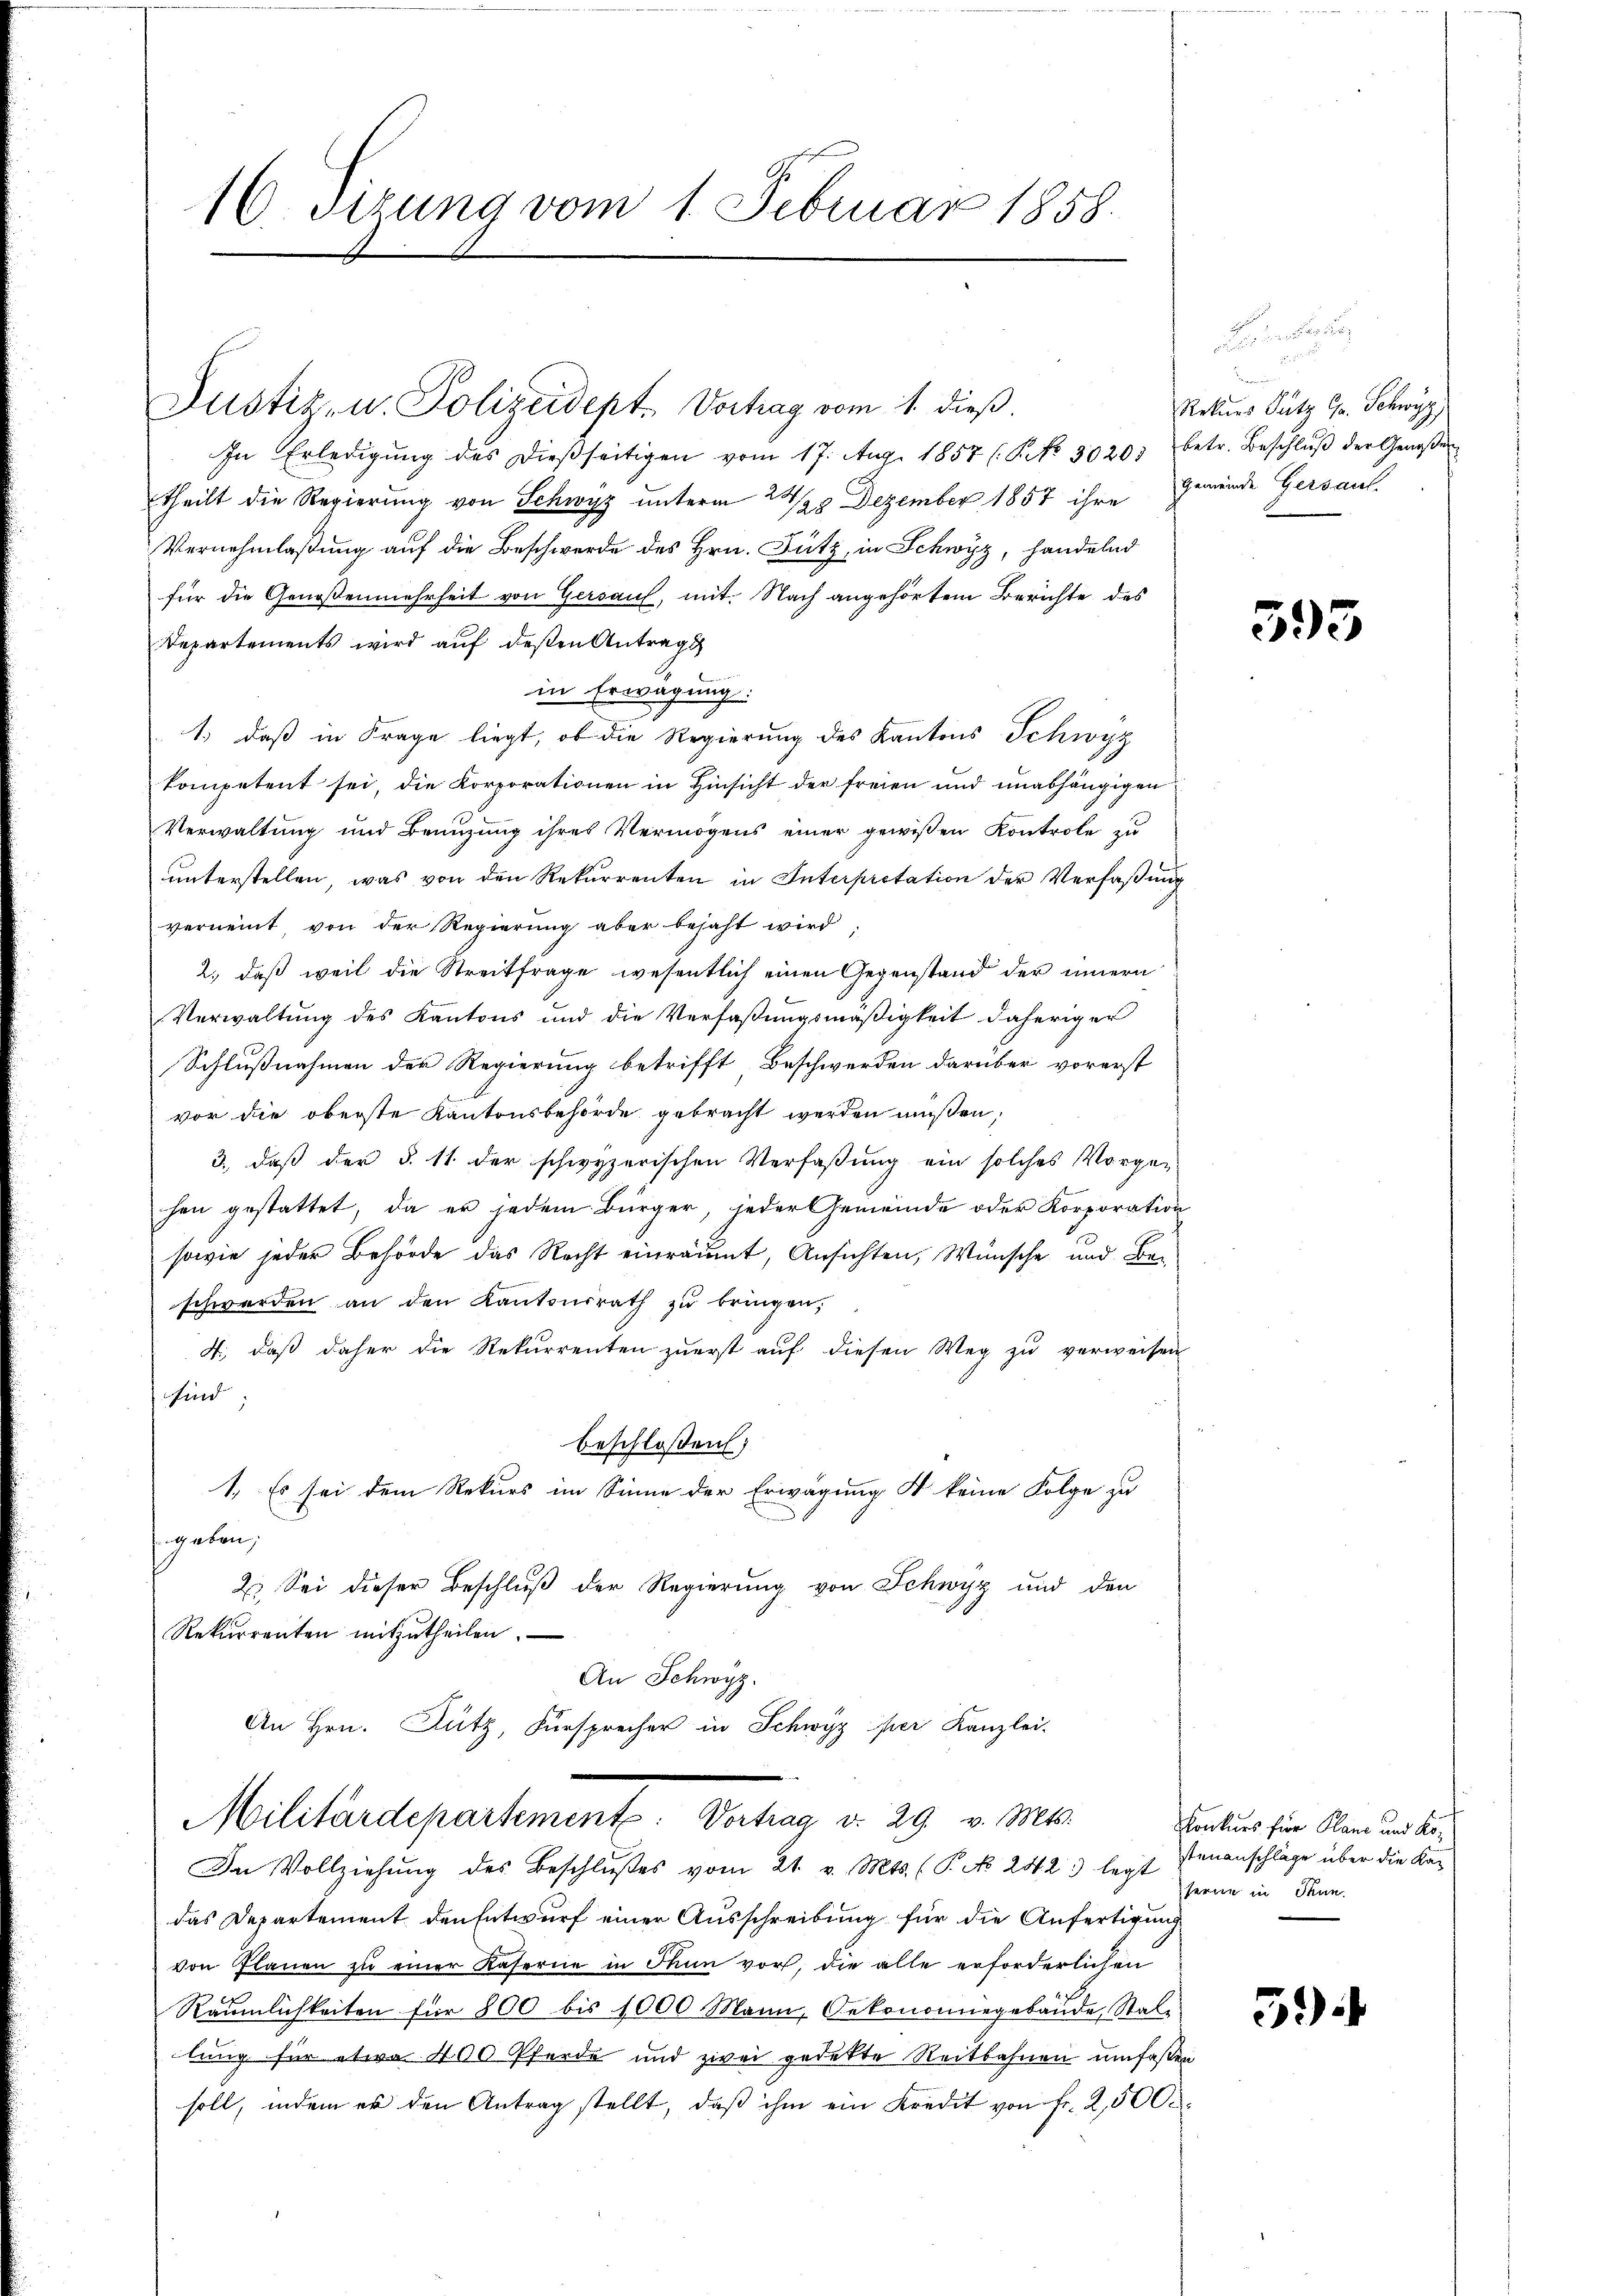
16. Sizung vom 1. Februar 1858.

Justiz- u. Polizeidept. Vortrag vom 1. dieß.

In Erledigŭng des dieβseitigen vom 17. Aug. 1857 (§. No. 30203 betr. Beschlŭβ der Genossen
theilt die Regierung von Schwyz unterm 22/28 Dezember 1857 ihre Gemeinde Gersaut.
Vernehmlaßung auf die Beschwerde des Hrn. Fütz, in Schwyz, handelnd
für die Genoßenmehrheit von Gersauf, mit. Nach angehörtem Berichte des
Departements wird aŭf deßen Antrags
in Erwägung:
1.) daß in Frage liegt, ob die Regierung des Kantons Schwyz
kompetent sei, die Korporationen in Hinsicht der freien und unabhängigen
Verwaltung und Benuzung ihres Vermögens einer gewissen Kontrole zu
unterstellen, was von den Rekurrenten in Interpretation der Verfaßung
vernennt, von der Regierung aber bejaht wird,
2., daß weil die Streitfrage wesentlich einen Gegenstand der innern
Verwaltung des Kantons und die Verfaßungsmäßigkeit daheriger
Schlußnahmen der Regierung betrifft Beschwerden darüber vorerst
vor die oberste Kantonsbehörde gebracht werden müßen.
3., daß der §. 11. der schwyzerischen Verfaßung ein solches Vorge-
hen gestattet, da er jedem Bürger, jeder Gemeinde oder Korporation
sowie jeder Behörde das Recht einräumt, Ansichten, Wünsche und Beschwerden an den Kantonsrath zŭ bringen,
4., daß daher die Rekurrenten zuerst auf diesen Weg zu verweisen
find
beschloßen:
1. Es sei dem Rekurs im Sinne der Erwägung 4 keine Folge zu
sgaben,
2. Sei dieser Beschluß der Regierung von Schwyz und den
Rekurrenten mitzŭtheilen.
An Schwyz.
An Hrn. Putz, Fürsprecher in Schwyz per Kanzlei-
Militärdepartement. Dahung v. 29. v. Mts.
In Vollziehung des Beschlußes vom 21. v. Mts. (T. No. 242 legt
das Departement den Entwurf einer Ausschreibung für die Anfertigung
von Planen zu einer Kaserne in Thun vor, die alle erforderlichen
Räumlichkeiten für 800 bis 1000 Mann, Oekonomiegebäude, Stale
lung für etwa 400 Pferde und zwei gedekte Reitbahnen umfaßen
soll, indem er den Antrag stellt, daβ ihm ein Kredit von fr. 2,500

e

Bern
Rekurs Putz Gr. Schwyz,

395

Konkurs für Plane und Kör
stenanschläge über die Kan
ferne in Thun.

5